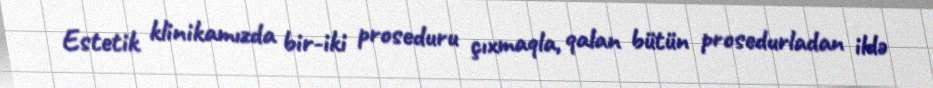
Estetik klinikamızda bir-iki proseduru çıxmaqla, qalan bütün prosedurladan ildə